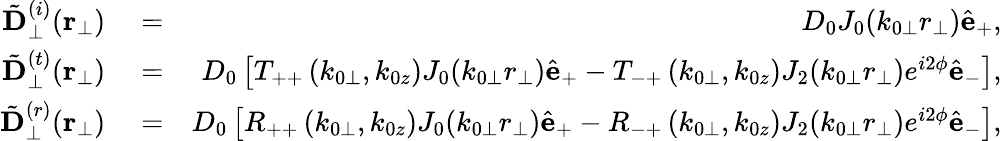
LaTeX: \begin{array}{rlr}{{\tilde{\mathbf D}}_{\perp}^{(i)}({\mathbf r}_{\perp})}&{{}=}&{D_{0}J_{0}(k_{0\perp}r_{\perp})\hat{\mathbf e}_{+},}\\ {{\tilde{\mathbf D}}_{\perp}^{(t)}({\mathbf r}_{\perp})}&{{}=}&{D_{0}\left[T_{++}\left(k_{0\perp},k_{0z}\right)J_{0}(k_{0\perp}r_{\perp})\hat{\mathbf e}_{+}-T_{-+}\left(k_{0\perp},k_{0z}\right)J_{2}(k_{0\perp}r_{\perp})e^{i2\phi}\hat{\mathbf e}_{-}\right],}\\ {{\tilde{\mathbf D}}_{\perp}^{(r)}({\mathbf r}_{\perp})}&{{}=}&{D_{0}\left[R_{++}\left(k_{0\perp},k_{0z}\right)J_{0}(k_{0\perp}r_{\perp})\hat{\mathbf e}_{+}-R_{-+}\left(k_{0\perp},k_{0z}\right)J_{2}(k_{0\perp}r_{\perp})e^{i2\phi}\hat{\mathbf e}_{-}\right],}\end{array}